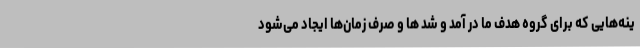
ینه‌هایی که برای گروه هدف ما در آمد و شد ها و صرف زمان‌ها ایجاد می‌شود